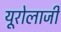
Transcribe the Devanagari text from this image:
यूरोलाजी